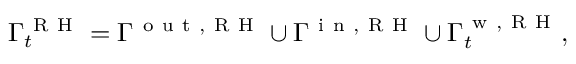
\Gamma _ { t } ^ { \mathrm { ~ R ~ H ~ } } = \Gamma ^ { \mathrm { ~ o ~ u ~ t ~ , ~ R ~ H ~ } } \cup \Gamma ^ { \mathrm { ~ i ~ n ~ , ~ R ~ H ~ } } \cup \Gamma _ { t } ^ { \mathrm { ~ w ~ , ~ R ~ H ~ } } ,